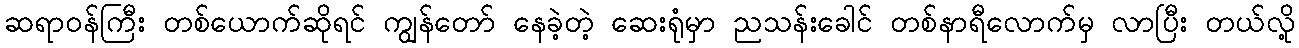
ဆရာဝန်ကြီး တစ်ယောက်ဆိုရင် ကျွန်တော် နေခဲ့တဲ့ ဆေးရုံမှာ ညသန်းခေါင် တစ်နာရီလောက်မှ လာပြီး တယ်လို့